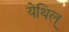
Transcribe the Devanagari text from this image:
येथिल्